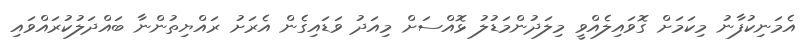
އެމަނިކުފާނު މިކަމަށް ގޮވައިލެއްވީ މިލަދުންމަޑުލު ޅޮއްސަށް މިއަދު ވަޑައިގެން އެރަށު ރައްޔިތުންނާ ބައްދަލުކުރައްވައި